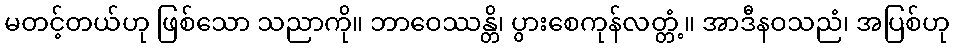
မတင့်တယ်ဟု ဖြစ်သော သညာကို။ ဘာဝေဿန္တိ၊ ပွားစေကုန်လတ္တံ့။ အာဒီနဝသညံ၊ အပြစ်ဟု